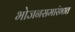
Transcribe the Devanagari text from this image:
भोजनसमारंभात